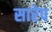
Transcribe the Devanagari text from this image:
सारेप